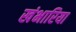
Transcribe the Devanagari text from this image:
खंभारिया